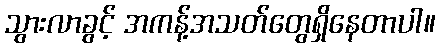
သွားလာခွင့် အကန့်အသတ်တွေရှိနေတာပါ။